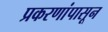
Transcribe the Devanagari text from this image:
प्रकरणांपासून